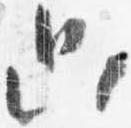
只